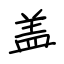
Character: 盖